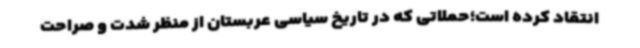
انتقاد کرده است؛حملاتی که در تاریخ سیاسی عربستان از منظر شدت و صراحت